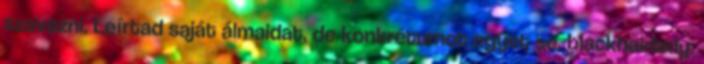
szavazni. Leírtad saját álmaidat, de konkrétumot egyet se. blackhairlady: